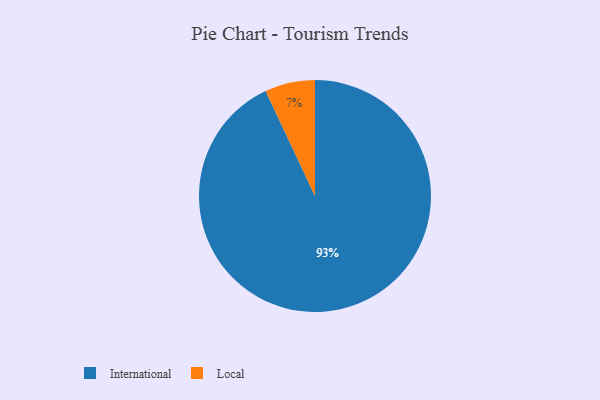
{"axis": {"x": "Category", "y": "Percentage"}, "legend": ["International", "Local"], "data": [{"x": "International", "y": 93, "type": "International"}, {"x": "Local", "y": 7, "type": "Local"}]}